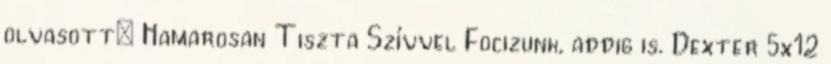
olvasott: Hamarosan Tiszta Szívvel Focizunk, addig is. Dexter 5x12